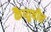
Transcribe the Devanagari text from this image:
कैप्युषीन